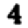
Digit: 4